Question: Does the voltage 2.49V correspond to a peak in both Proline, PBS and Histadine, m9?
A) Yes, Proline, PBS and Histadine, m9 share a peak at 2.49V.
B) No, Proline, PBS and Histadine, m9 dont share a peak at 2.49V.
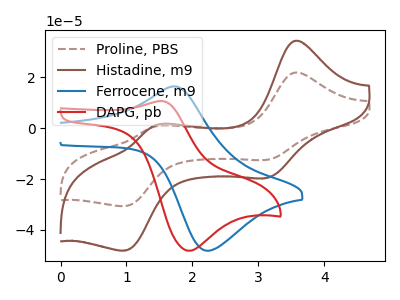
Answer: <think>The brown dashed curve "Proline, PBS" has anodic peaks at (3.55V, 21.80uA) (1.45V, 0.75uA) and cathodic peaks at (3.15V, -12.45uA) (1.00V, -30.60uA). The brown curve "Histadine, m9" has anodic peaks at (3.55V, 34.30uA) (1.45V, 1.15uA) and cathodic peaks at (3.15V, -19.55uA) (1.00V, -48.05uA). The blue curve "Ferrocene, m9" has an anodic peak at (1.70V, 16.45uA) and a cathodic peak at (2.20V, -48.15uA). The red curve "DAPG, pb" has an anodic peak at (1.55V, 10.70uA) and a cathodic peak at (1.95V, -48.15uA).</think>
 <answer>B) No, "Proline, PBS" and "Histadine, m9" dont share a peak at 2.49V.</answer>
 <eval>B</eval>